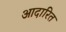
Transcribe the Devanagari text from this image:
आदारित